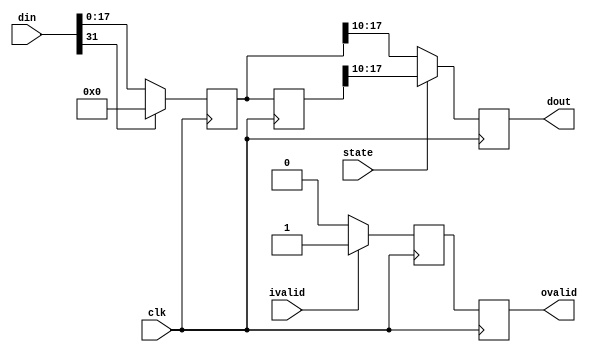
module relu
(
    input clk,
    input signed [31:0] din,  
    input ivalid,
    input state,
    output reg ovalid,   
    output reg signed [7:0] dout
);

	reg wren;
	reg [31:0] dout_r;
	reg [31:0] dout_delay;
	
	// ????,?????
	always@(posedge clk)begin
		if(ivalid)
			wren <= 1'b1;
		else
			wren <= 1'b0;
	end

	// ?????,?0????
	always@(posedge clk)begin
		if(din[31])
			dout_r <= 0;
		else
			dout_r <= din;
	end
	// ????
	always@(posedge clk)begin
		dout_delay <= dout_r;
	end
	
	/*    
	assign dout = (state)?(dout_delay >>> 10):(dout_r >>> 10);
	assign ovalid = wren;
	*/
	always@(posedge clk)begin
		if(state)
			dout <= (dout_delay >>> 10);
		else
			dout <= (dout_r >>> 10); 
	end
	
	always@(posedge clk)begin
		ovalid <= wren;
	end
	
endmodule